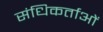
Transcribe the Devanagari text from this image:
संधिकर्ताओं